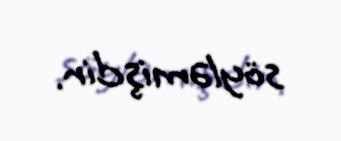
söyləmişdir.